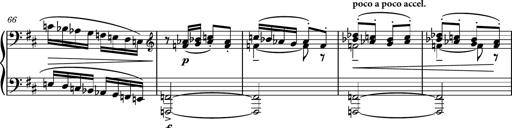
Title: Piano Sonatina No.4
Composer: Dimitri Sykias
Key: D major